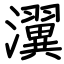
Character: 瀷